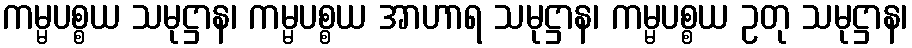
ကမ္မပစ္စယ သမုဋ္ဌာန၊ ကမ္မပစ္စယ အာဟာရ သမုဋ္ဌာန၊ ကမ္မပစ္စယ ဥတု သမုဋ္ဌာန၊